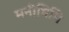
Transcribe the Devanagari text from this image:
मनीषिभि